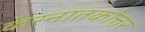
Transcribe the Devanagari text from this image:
केस्नातकोत्तर